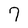
Character: 7